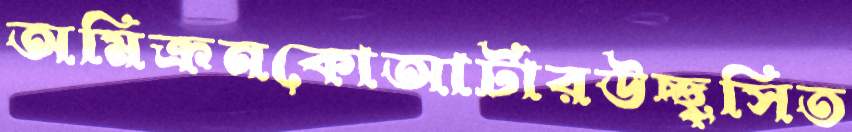
অমিক্রনকোআর্টারউচ্ছ্বসিত